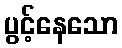
ပွင့်နေသော